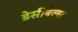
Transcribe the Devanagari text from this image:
डेसीबेल्स